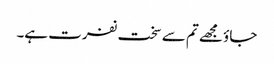
جاؤ مجھے تم سے سخت نفرت ہے۔